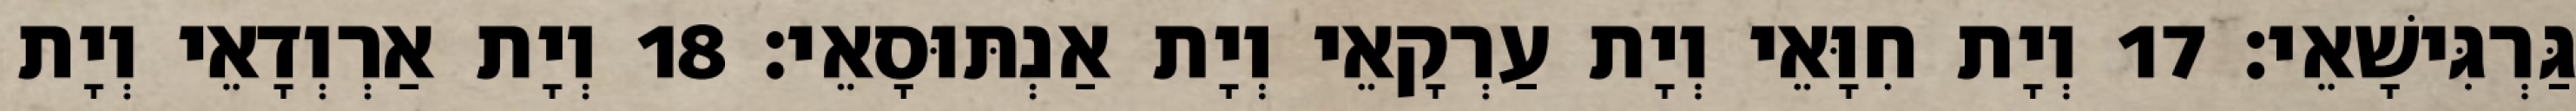
גַּרְגִּישָׁאֵי׃ 17 וְיָת חִוָּאֵי וְיָת עַרְקָאֵי וְיָת אַנְתּוּסָאֵי׃ 18 וְיָת אַרְוְדָאֵי וְיָת